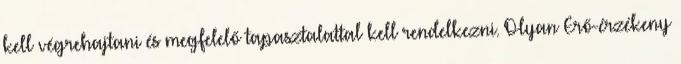
kell végrehajtani és megfelelő tapasztalattal kell rendelkezni. Olyan Erő-érzékeny